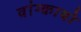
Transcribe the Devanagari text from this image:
वांग्कायो